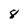
Character: 8